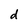
Character: d